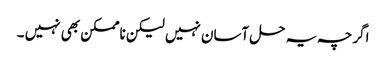
اگرچہ یہ حل آسان نہیں لیکن ناممکن بھی نہیں ۔